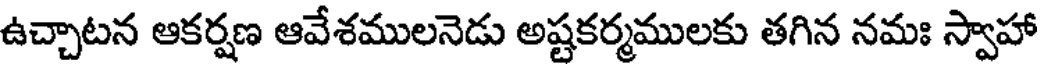
ఉచ్చాటన ఆకర్షణ ఆవేశములనెడు అష్టకర్మములకు తగిన నమః స్వాహా